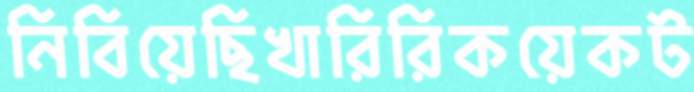
নিবিয়েছিখারিরিকয়েকট